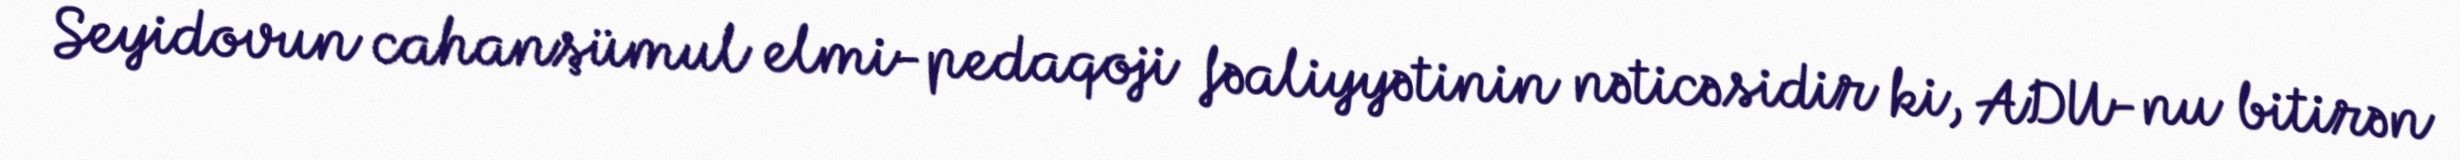
Seyidovun cahanşümul elmi-pedaqoji fəaliyyətinin nəticəsidir ki, ADU-nu bitirən